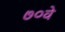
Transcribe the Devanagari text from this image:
७०वे